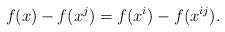
LaTeX: \begin{align*}f(x)-f(x^j) = f(x^i) - f(x^{ij}).\end{align*}